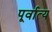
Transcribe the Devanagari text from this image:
पूर्वात्य